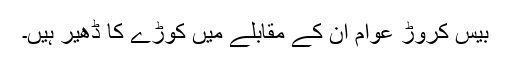
بیس کروڑ عوام ان کے مقابلے میں کوڑے کا ڈھیر ہیں۔